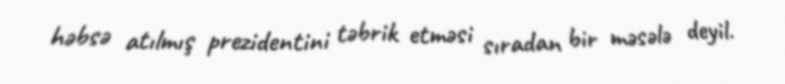
həbsə atılmış prezidentini təbrik etməsi sıradan bir məsələ deyil.